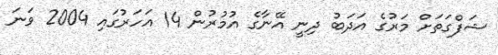
ޝަފްގަތަށް މަރުގެ އަދަބު ދިނީ އޭނާގެ އުމުރުން 14 އަހަރުގައި 2004 ވަނަ